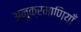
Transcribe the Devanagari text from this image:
अनुक्रमाणियाँ